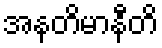
အနတိမာနီတိ